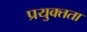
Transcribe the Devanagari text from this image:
प्रयुक्तता